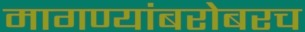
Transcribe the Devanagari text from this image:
मागण्यांबरोबरच